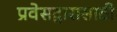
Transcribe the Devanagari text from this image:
प्रवेसद्वारासाठी